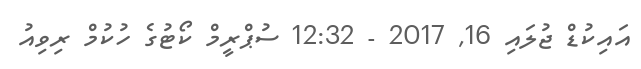
އައިކުޑް ޖުލައި 16